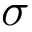
\sigma